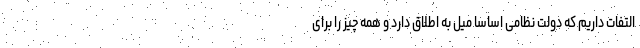
التفات داریم که دولت نظامی اساسا میل به اطلاق دارد و همه ‌چیز را برای